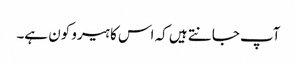
آپ جانتے ہیں کہ اس کا ہیرو کون ہے۔